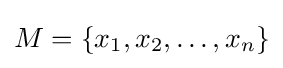
M=\{x_{1},x_{2},\ldots ,x_{n}\}